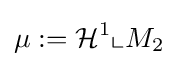
\mu :={\mathcal {H}}^{1}\llcorner M_{2}